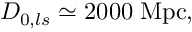
D _ { 0 , l s } \simeq 2 0 0 0 \; \mathrm { M p c } ,